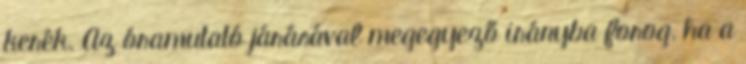
kerék. Az óramutató járásával megegyező irányba forog, ha a